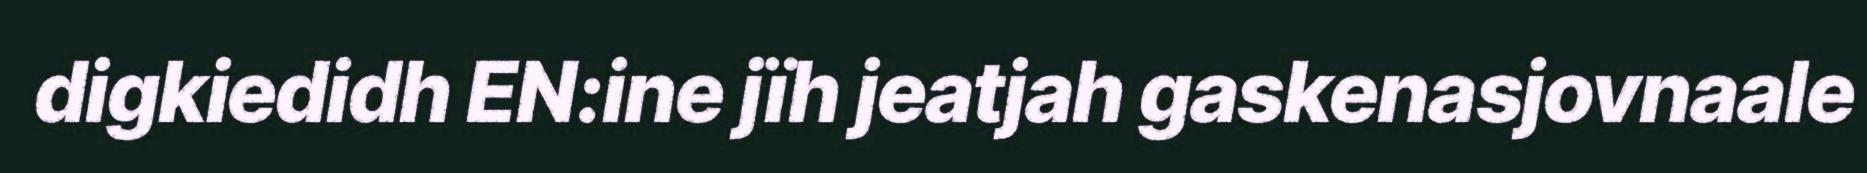
digkiedidh EN:ine jïh jeatjah gaskenasjovnaale